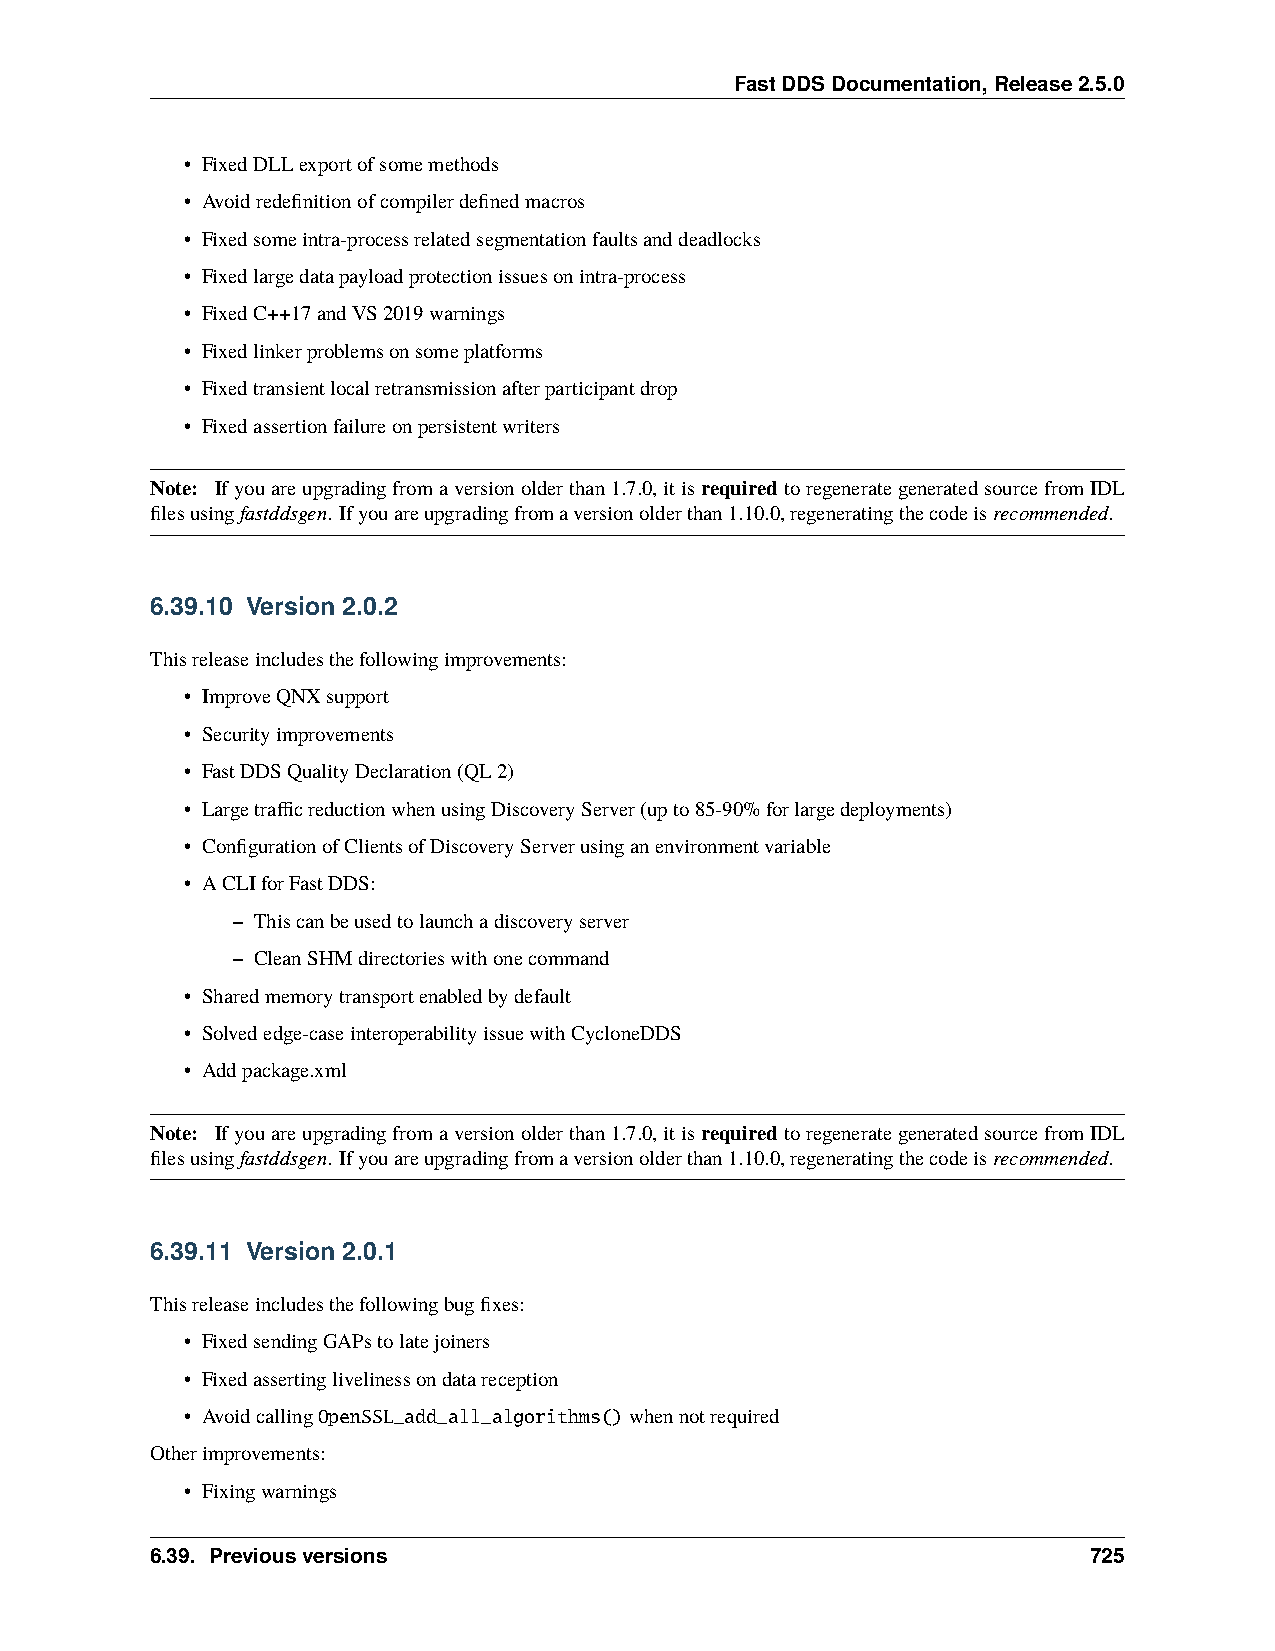
FastDDSDocumentation,Release2.5.0
 • FixedDLLexportofsomemethods
 • Avoidredefinitionofcompilerdefinedmacros
 • Fixedsomeintra-processrelatedsegmentationfaultsanddeadlocks
 • Fixedlargedatapayloadprotectionissuesonintra-process
 • FixedC++17andVS2019warnings
 • Fixedlinkerproblemsonsomeplatforms
 • Fixedtransientlocalretransmissionafterparticipantdrop
 • Fixedassertionfailureonpersistentwriters
 Note: Ifyouareupgradingfromaversionolderthan1.7.0,itisrequiredtoregenerategeneratedsourcefromIDL
 filesusingfastddsgen. Ifyouareupgradingfromaversionolderthan1.10.0,regeneratingthecodeisrecommended.
 6.39.10 Version 2.0.2
 Thisreleaseincludesthefollowingimprovements:
 • ImproveQNXsupport
 • Securityimprovements
 • FastDDSQualityDeclaration(QL2)
 • LargetrafficreductionwhenusingDiscoveryServer(upto85-90%forlargedeployments)
 • ConfigurationofClientsofDiscoveryServerusinganenvironmentvariable
 • ACLIforFastDDS:
 – Thiscanbeusedtolaunchadiscoveryserver
 – CleanSHMdirectorieswithonecommand
 • Sharedmemorytransportenabledbydefault
 • Solvededge-caseinteroperabilityissuewithCycloneDDS
 • Addpackage.xml
 Note: Ifyouareupgradingfromaversionolderthan1.7.0,itisrequiredtoregenerategeneratedsourcefromIDL
 filesusingfastddsgen. Ifyouareupgradingfromaversionolderthan1.10.0,regeneratingthecodeisrecommended.
 6.39.11 Version 2.0.1
 Thisreleaseincludesthefollowingbugfixes:
 • FixedsendingGAPstolatejoiners
 • Fixedassertinglivelinessondatareception
 • AvoidcallingOpenSSL_add_all_algorithms()whennotrequired
 Otherimprovements:
 • Fixingwarnings
 6.39. Previousversions                                        725